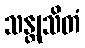
သန္တုသိတံ